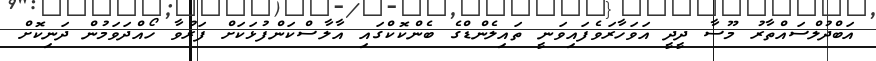
އަބްދުލްސައްތާރު މޫސާ ދީދީ އަވަހާރަވެފައިވަނީ ތައިލެންޑްގެ ބެންކޮކްގައި އާލާސްކަންފުޅަކަށް ފަރުވާ ހޯއްދަވަމުން ދަނިކޮށް